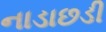
નાડાછડી